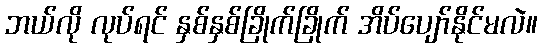
ဘယ်လို လုပ်ရင် နှစ်နှစ်ခြိုက်ခြိုက် အိပ်ပျော်နိုင်မလဲ။